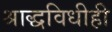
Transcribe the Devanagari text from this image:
श्राद्धविधीही